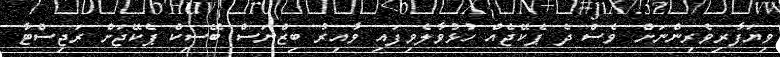
ވިޔަފާރިވެރިންނަށް ވެސް ދެ ޕެކޭޖެއް ހުޅުވާލެވިފައި ވާއިރު ބިޒްނަސް ބޭސިކް ޕެކޭޖަށް ރަޖިސްޓާ